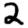
Digit: 2